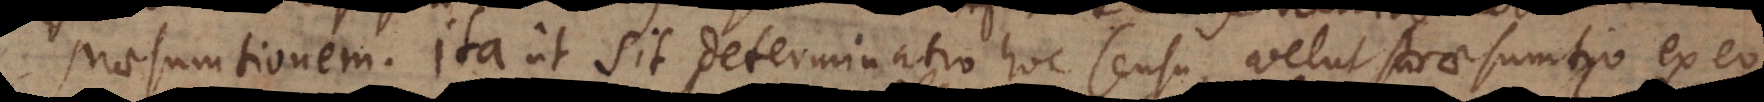
praesumtionem. Ita ut sit determinatio hoc sensu, velut su praesumtio ex eo